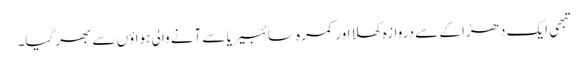
تبھی ایک دھڑاکے سے دروازہ کھلا اور کمرہ سائبیریا سے آنے والی ہواؤں سے بھرگیا۔